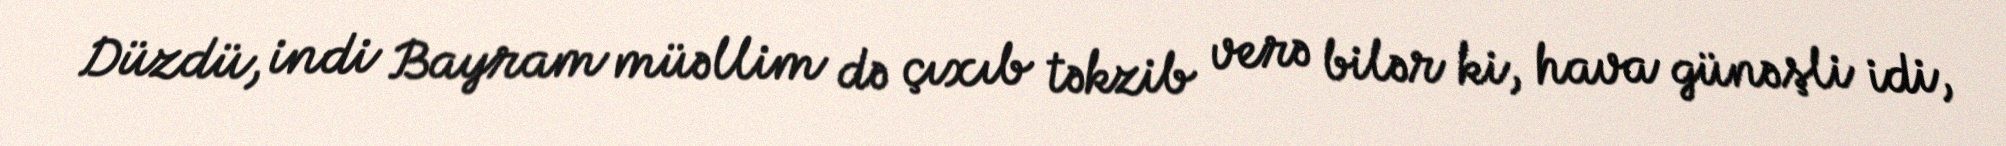
Düzdü, indi Bayram müəllim də çıxıb təkzib verə bilər ki, hava günəşli idi,